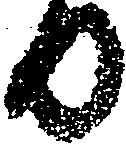
日